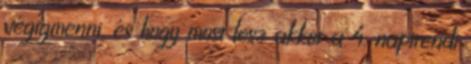
végigmenni, és hogy most lesz akkor a 4. napirendi